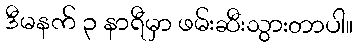
ဒီမနက် ၃ နာရီမှာ ဖမ်းဆီးသွားတာပါ။